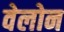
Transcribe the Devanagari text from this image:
वेलोन